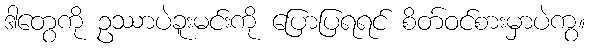
ဒါတွေကို ဥဿာပဲခူးမင်းကို ပြောပြရရင် စိတ်ဝင်စားမှာပဲကွ။